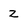
Character: 2